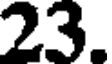
23.